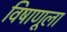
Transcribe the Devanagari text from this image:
विषाणूला